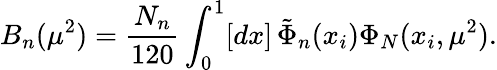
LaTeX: B_{n}(\mu^{2})=\frac{N_{n}}{120}\int_{0}^{1}[dx]\, \tilde{\Phi}_{n}(x_{i})\Phi_{N}(x_{i},\mu^{2}).